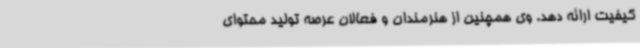
کیفیت ارائه دهد. وی همچنین از هنرمندان و فعالان عرصه تولید محتوای